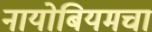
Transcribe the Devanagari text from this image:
नायोबियमचा